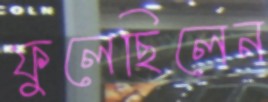
ফুলেছিলেন